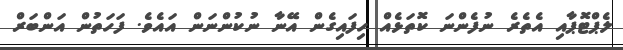
ލެޕްޓޮޕާއި އެތެރެ ނުފެންނަ ކޮތަޅެއް ހިފައިގެން އޭނާ ނުކުންނަން އައެވެ. ފަހަތުން އަންބަރް